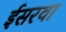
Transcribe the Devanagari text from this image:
ईसरवा